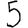
Digit: 5